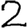
Digit: 2